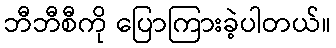
ဘီဘီစီကို ပြောကြားခဲ့ပါတယ်။